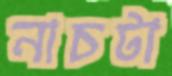
নাচটা